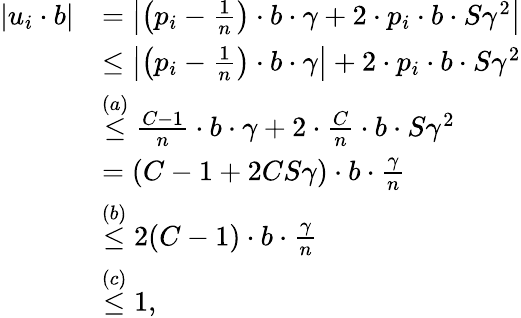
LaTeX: \begin{array}{rl}{|u_{i}\cdot b|}&{=\left\lvert\left(p_{i}-\frac{1}{n}\right)\cdot b\cdot\gamma+2\cdot p_{i}\cdot b\cdot S\gamma^{2}\right\vert}\\ &{\leq\left\lvert\left(p_{i}-\frac{1}{n}\right)\cdot b\cdot\gamma\right\vert+2\cdot p_{i}\cdot b\cdot S\gamma^{2}}\\ &{\stackrel{(a)}{\leq}\frac{C-1}{n}\cdot b\cdot\gamma+2\cdot\frac{C}{n}\cdot b\cdot S\gamma^{2}}\\ &{=(C-1+2CS\gamma)\cdot b\cdot\frac{\gamma}{n}}\\ &{\stackrel{(b)}{\leq}2(C-1)\cdot b\cdot\frac{\gamma}{n}}\\ &{\stackrel{(c)}{\leq}1,}\end{array}